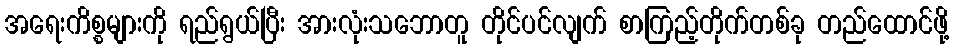
အရေးကိစ္စများကို ရည်ရွယ်ပြီး အားလုံးသဘောတူ တိုင်ပင်လျက် စာကြည့်တိုက်တစ်ခု တည်ထောင်ဖို့